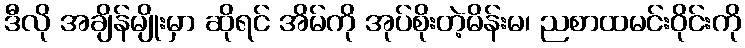
ဒီလို အချိန်မျိုးမှာ ဆိုရင် အိမ်ကို အုပ်စိုးတဲ့မိန်းမ၊ ညစာထမင်းဝိုင်းကို